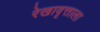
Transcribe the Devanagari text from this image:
रेखावृत्ताला